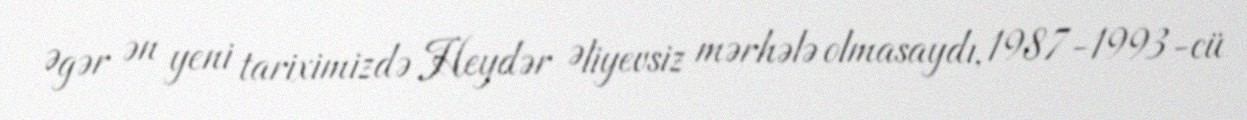
Əgər ən yeni tariximizdə Heydər Əliyevsiz mərhələ olmasaydı, 1987-1993-cü